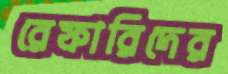
রেফারিদের